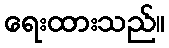
ရေးထားသည်။